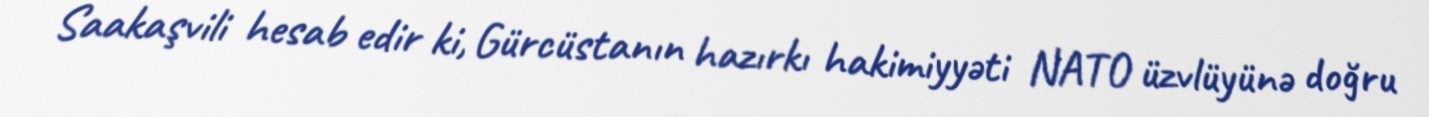
Saakaşvili hesab edir ki, Gürcüstanın hazırkı hakimiyyəti NATO üzvlüyünə doğru